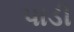
પાડી